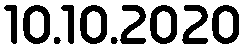
10.10.2020